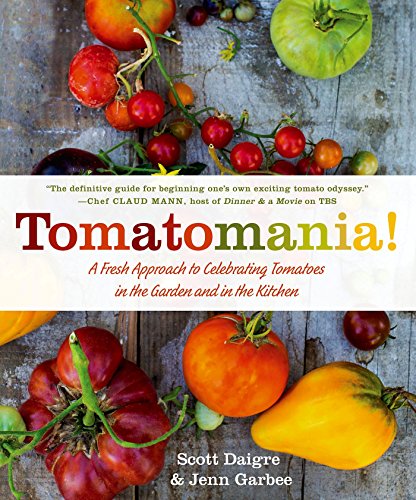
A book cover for Tomatomania!: A Fresh Approach to Celebrating Tomatoes in the Garden and in the Kitchen; Scott Daigre; Crafts, Hobbies & Home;